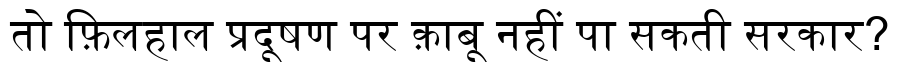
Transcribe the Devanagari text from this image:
तो फ़िलहाल प्रदूषण पर क़ाबू नहीं पा सकती सरकार?